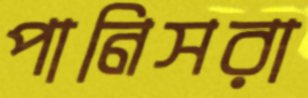
পানিসরা